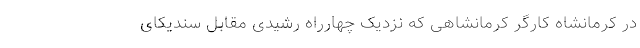
در کرمانشاه کارگر کرمانشاهی که نزدیک چهارراه رشیدی مقابل سندیکای